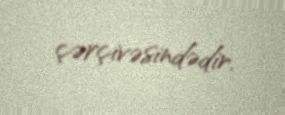
çərçivəsindədir.